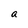
Character: a